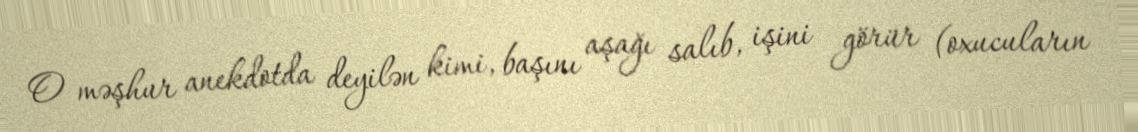
O məşhur anekdotda deyilən kimi, başını aşağı salıb, işini görür (oxucuların